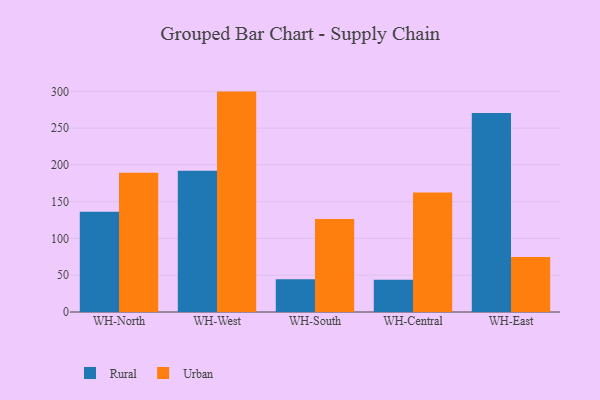
{"axis": {"x": "Warehouse", "y": "Gross Profit (USD K)"}, "legend": ["Rural", "Urban"], "data": [{"x": "WH-North", "y": 136.2, "type": "Rural"}, {"x": "WH-North", "y": 189.3, "type": "Urban"}, {"x": "WH-West", "y": 192.1, "type": "Rural"}, {"x": "WH-West", "y": 299.6, "type": "Urban"}, {"x": "WH-South", "y": 44.5, "type": "Rural"}, {"x": "WH-South", "y": 126.5, "type": "Urban"}, {"x": "WH-Central", "y": 43.8, "type": "Rural"}, {"x": "WH-Central", "y": 162.4, "type": "Urban"}, {"x": "WH-East", "y": 270.4, "type": "Rural"}, {"x": "WH-East", "y": 74.6, "type": "Urban"}]}